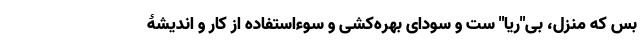
بس که منزل، بی‌"ریا" ست و سودای بهره‌کشی و سوء‌استفاده از کار و اندیشۀ